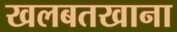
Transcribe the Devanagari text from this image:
खलबतखाना